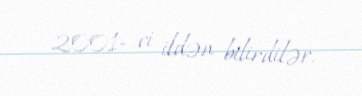
2001- ci ildən bilirdilər.